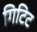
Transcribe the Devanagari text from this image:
गिटिट